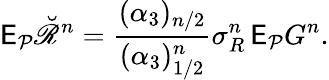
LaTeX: \mathsf E_{\mathcal P}\breve{\mathscr R}^{n}=\frac{(\alpha_{3})_{n/2}}{(\alpha_{3})_{1/2}^{n}}\sigma_{R}^{n}\, \mathsf E_{\mathcal P}G^{n}.